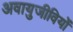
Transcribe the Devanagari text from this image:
अवायुजीवियों